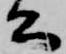
公